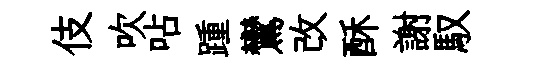
伎吹呫踵鸞改酥謝馭